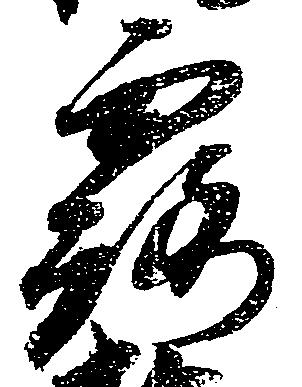
露